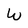
Character: W